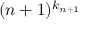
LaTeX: ( { n + 1 } ) ^ { k _ { n + 1 } }